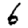
Digit: 6